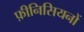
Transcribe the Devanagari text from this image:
फ़ीनिसियनों